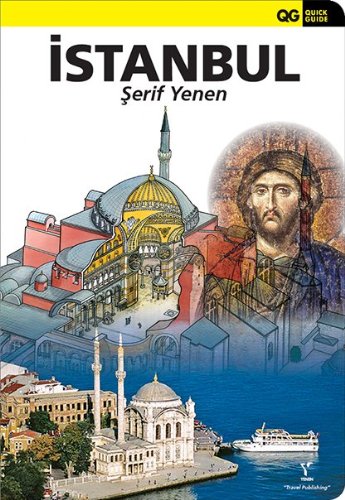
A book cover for Quick Guide Istanbul (New 2013 Edition); Serif Yenen; Travel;